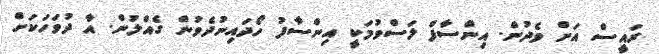
ރައީސް އަށް ވެދުން. އިންސާފް ލަސްވުމަކީ އިންސާފު ހޯދައިނުދެވުން ގެއްލުން. އާ ދުވަހަކަށް